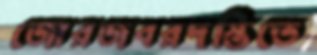
জোরজবরদস্তিতে